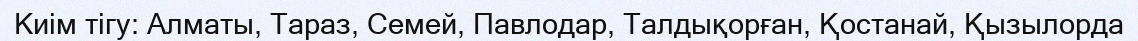
Киім тігу: Алматы, Тараз, Семей, Павлодар, Талдықорған, Қостанай, Қызылорда